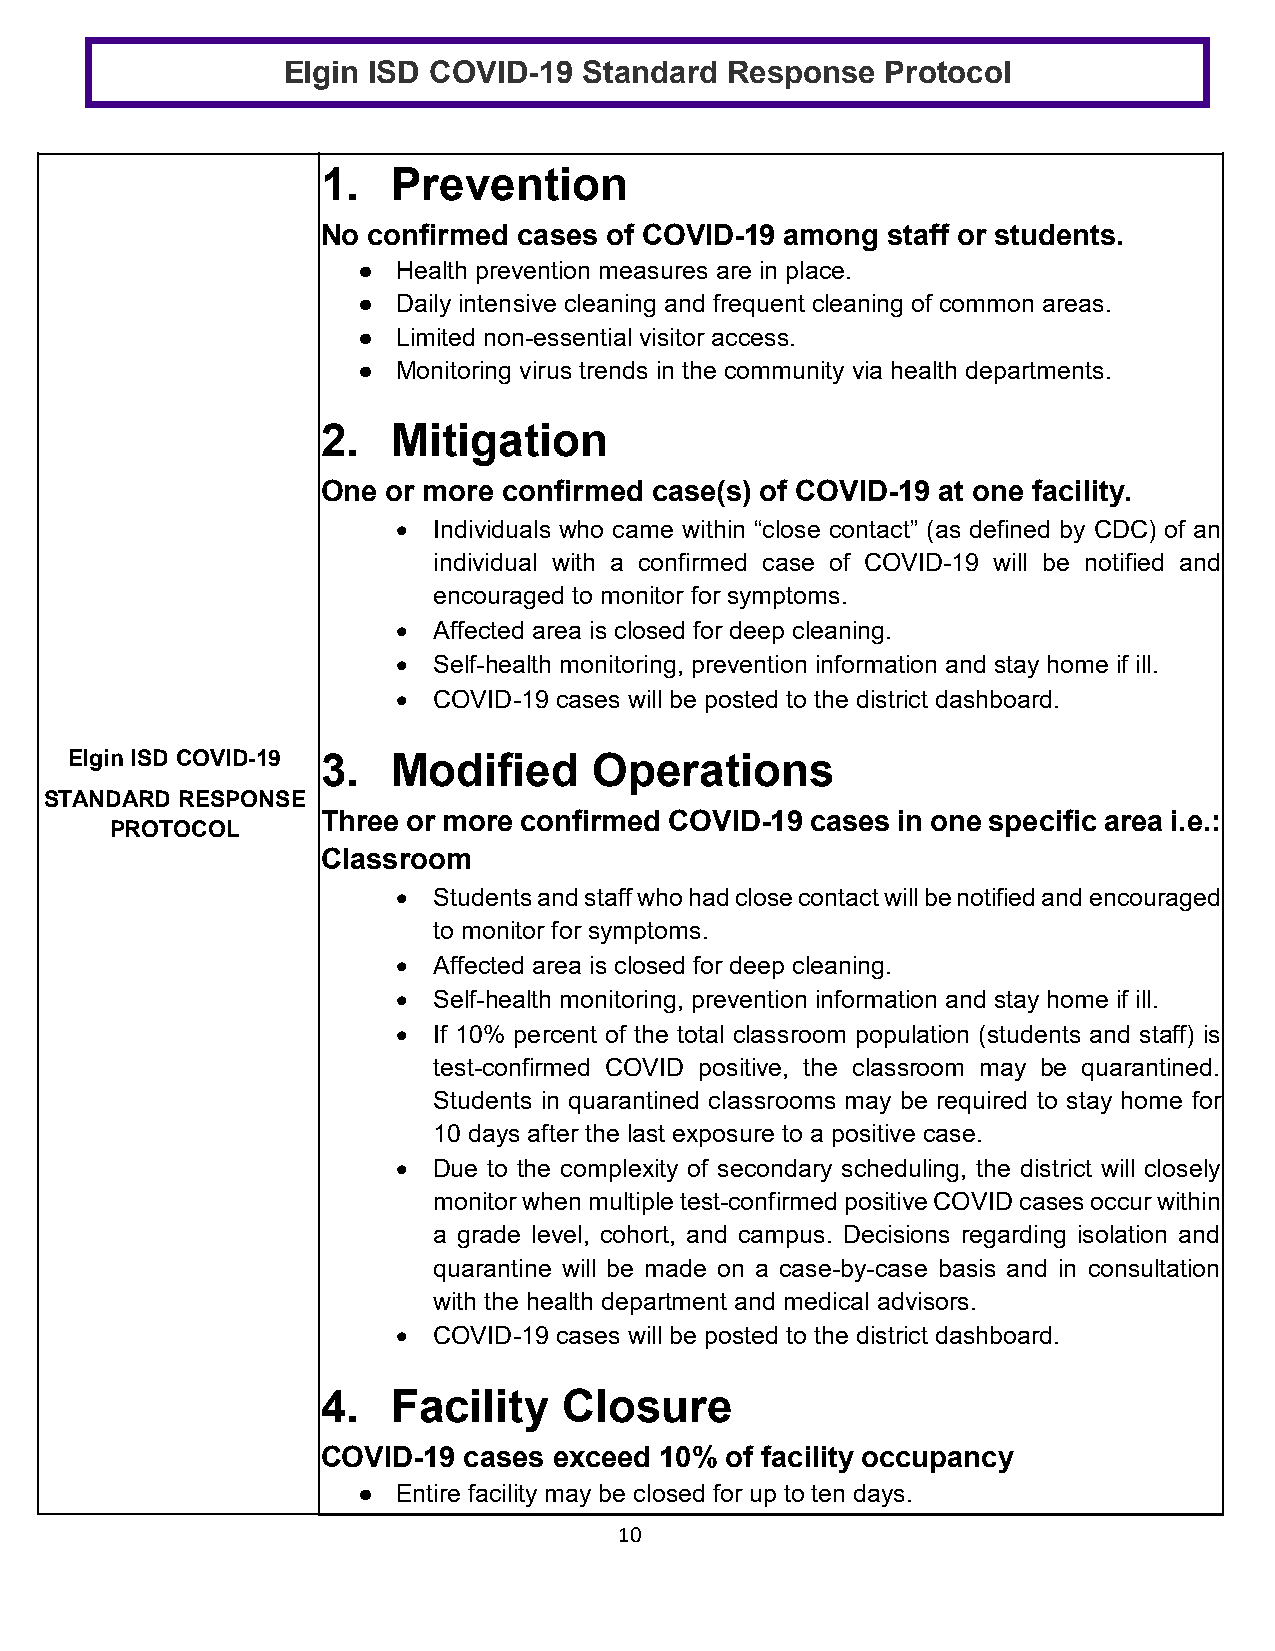
Elgin ISD COVID-19  Standard Response   Protocol
 1.   Prevention
 No confirmed cases of COVID-19 among  staff or students.
 ● Health prevention measures are in place.
 ● Daily intensive cleaning and frequent cleaning of common areas.
 ● Limited non-essential visitor access.
 ● Monitoring virus trends in the community via health departments.
 2.   Mitigation
 One  or more confirmed case(s) of COVID-19 at one facility.
 •  Individuals who came within “close contact” (as defined by CDC) of an
 individual with a confirmed case of COVID-19 will be notified and
 encouraged to monitor for symptoms.
 •  Affected area is closed for deep cleaning.
 •  Self-health monitoring, prevention information and stay home if ill.
 •  COVID-19 cases will be posted to the district dashboard.
 Elgin ISD COVID-19 3. Modified    Operations
 STANDARD RESPONSE
 Three or more confirmed COVID-19 cases in one specific area i.e.:
 PROTOCOL
 Classroom
 •  Students and staff who had close contact will be notified and encouraged
 to monitor for symptoms.
 •  Affected area is closed for deep cleaning.
 •  Self-health monitoring, prevention information and stay home if ill.
 •  If 10% percent of the total classroom population (students and staff) is
 test-confirmed COVID positive, the classroom may be quarantined.
 Students in quarantined classrooms may be required to stay home for
 10 days after the last exposure to a positive case.
 •  Due to the complexity of secondary scheduling, the district will closely
 monitor when multiple test-confirmed positive COVID cases occur within
 a grade level, cohort, and campus. Decisions regarding isolation and
 quarantine will be made on a case-by-case basis and in consultation
 with the health department and medical advisors.
 •  COVID-19 cases will be posted to the district dashboard.
 4.   Facility   Closure
 COVID-19  cases exceed 10% of facility occupancy
 ● Entire facility may be closed for up to ten days.
 10